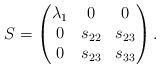
LaTeX: \begin{align*}S = \begin{pmatrix}\lambda _1 & 0 & 0\\0 & s_{22} & s_{23}\\0 & s_{23} & s_{33}\end{pmatrix}.\end{align*}